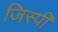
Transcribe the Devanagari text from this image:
जिस्पी